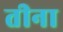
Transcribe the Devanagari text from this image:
तीना